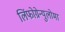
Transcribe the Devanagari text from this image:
लिंफोग्रेन्युलोमा